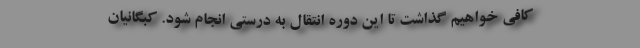
کافی خواهیم گذاشت تا این دوره انتقال به درستی انجام شود. کبگانیان